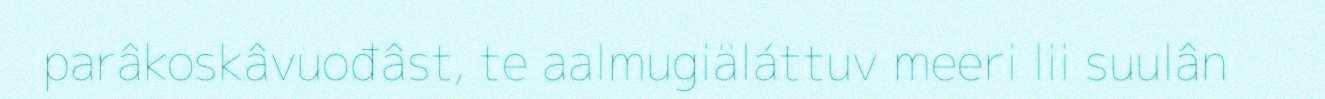
parâkoskâvuođâst, te aalmugiäláttuv meeri lii suulân